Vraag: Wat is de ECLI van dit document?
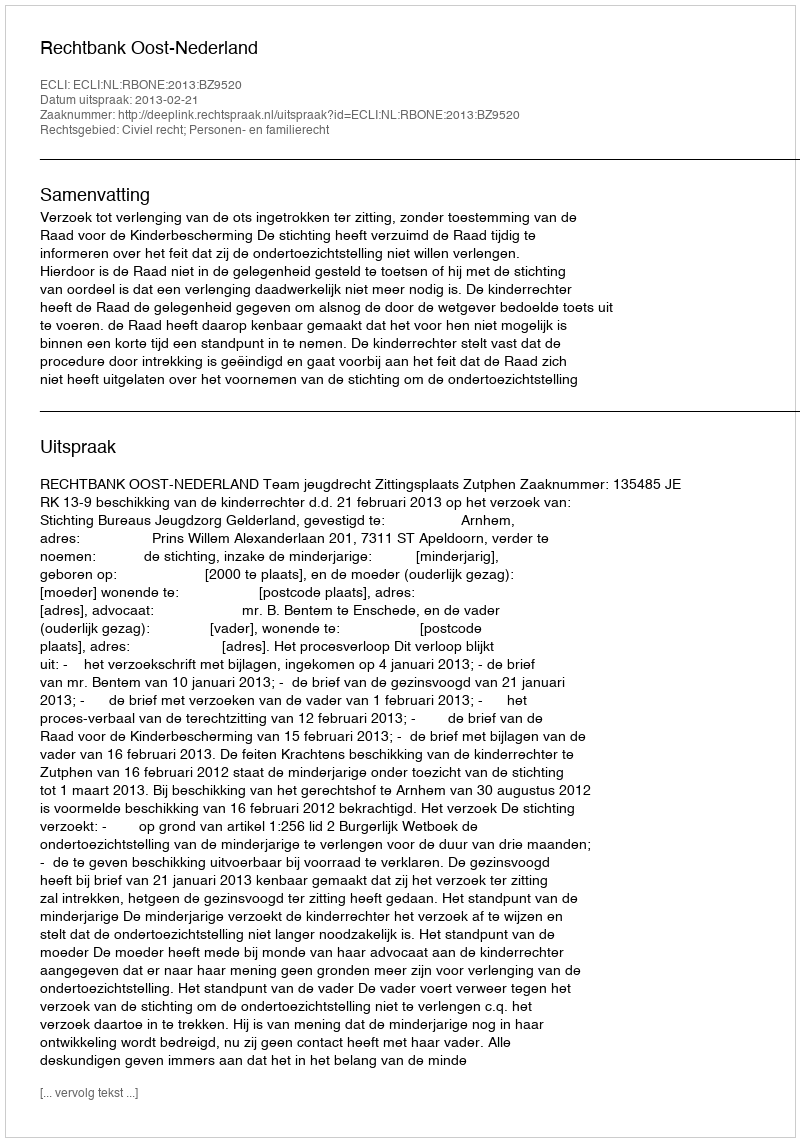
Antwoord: ECLI:NL:RBONE:2013:BZ9520